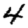
Digit: 4